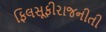
ફિલસૂફીરાજનીતી